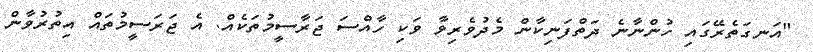
"އަނގަތެރޭގައި ހުންނާނެ ދަތްފަނިކާން މެދުވެރިވާ ވަކި ހާއްސަ ޖަރާސީމުތަކެއް. އެ ޖަރަސީމުތައް އިތުރުވާން